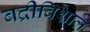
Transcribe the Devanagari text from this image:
बद्रीविशाल